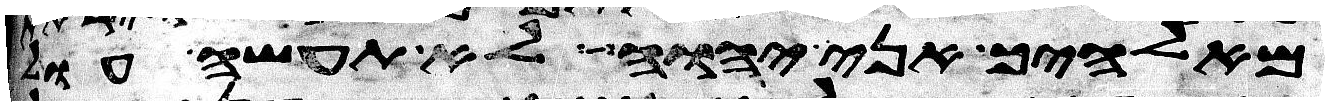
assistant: מאלהיך אני יהוה לא תעשה עול